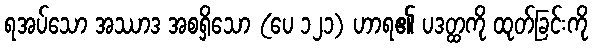
ရအပ်သော အဿာဒ အစရှိသော (ပေ ၁၂၁) ဟာရ၏ ပဒတ္ထကို ထုတ်ခြင်းကို